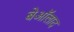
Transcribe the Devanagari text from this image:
बेऑलाद